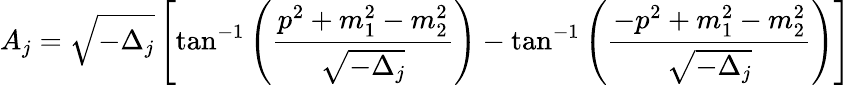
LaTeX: A_{j}=\sqrt{-\Delta_{j}}\left[\tan^{-1}\left(\frac{p^{2}+m_{1}^{2}-m_{2}^{2}}{\sqrt{-\Delta_{j}}}\right)-\tan^{-1}\left(\frac{-p^{2}+m_{1}^{2}-m_{2}^{2}}{\sqrt{-\Delta_{j}}}\right)\right]